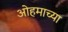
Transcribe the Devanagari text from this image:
ओहमाच्या